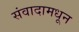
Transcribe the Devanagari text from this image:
संवादामधून